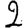
Digit: 2